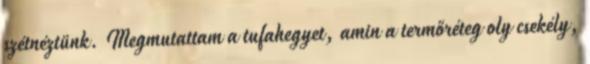
szétnéztünk. Megmutattam a tufahegyet, amin a termőréteg oly csekély,